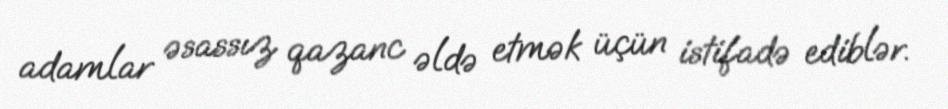
adamlar əsassız qazanc əldə etmək üçün istifadə ediblər.